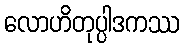
လောဟိတုပ္ပါဒကဿ